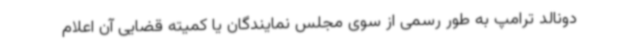
دونالد ترامپ به طور رسمی از سوی مجلس نمایندگان یا کمیته قضایی آن اعلام